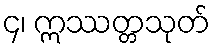
၄၊ ဣဿတ္တသုတ်